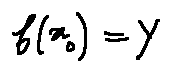
f ( x _ { 0 } ) = Y